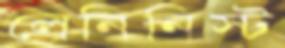
লেনিনিস্ট